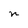
Character: n